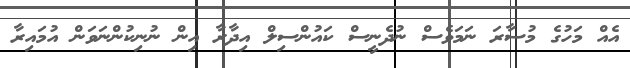
އެއް މަހުގެ މުސާރަ ނަމަވެސް ނުދެނީސް ކައުންސިލް އިދާރާ އިން ނުނިކުންނަވަން އުމައިރާ